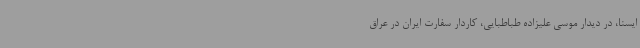
ایسنا، در دیدار موسی علیزاده طباطبایی، کاردار سفارت ایران در عراق